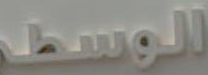
الوسطى